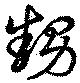
甥